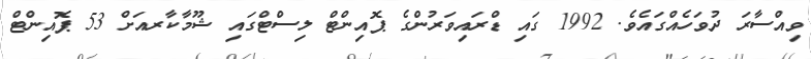
ވިއްސާރަ ދުވަހެއްގައެވެ. 1992 ގައި ޑްރައިވަރުންގެ ޕޮއިންޓް ލިސްޓްގައި ޝޫމާކާރއަށް 53 ޕޮއިންޓް